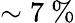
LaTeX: \sim 7~\%